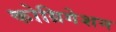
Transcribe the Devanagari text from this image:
कोग्रिगेशन